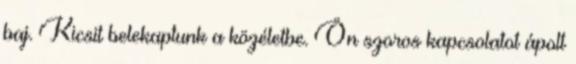
baj. Kicsit belekaptunk a közéletbe. Ön szoros kapcsolatot ápolt